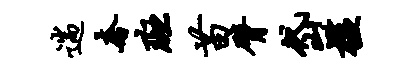
遄奢斑苗臂岱槛